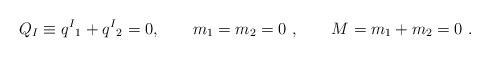
LaTeX: \begin{align*}Q_I \equiv q ^I{}_1 + q ^I{}_2 = 0 , \qquad m_1=m_2 = 0 \ , \qquad M= m_1+ m_2 =0 \ .\end{align*}